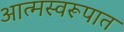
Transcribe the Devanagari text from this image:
आत्मस्वरूपात